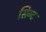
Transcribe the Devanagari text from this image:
सिग्द